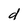
Character: d